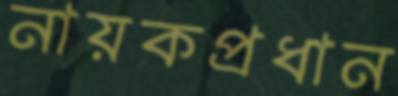
নায়কপ্রধান